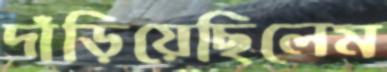
দাঁড়িয়েছিলেম